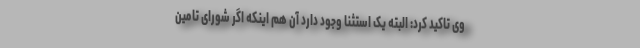
وی تاکید کرد: البته یک استثنا وجود دارد آن هم اینکه اگر شورای تامین